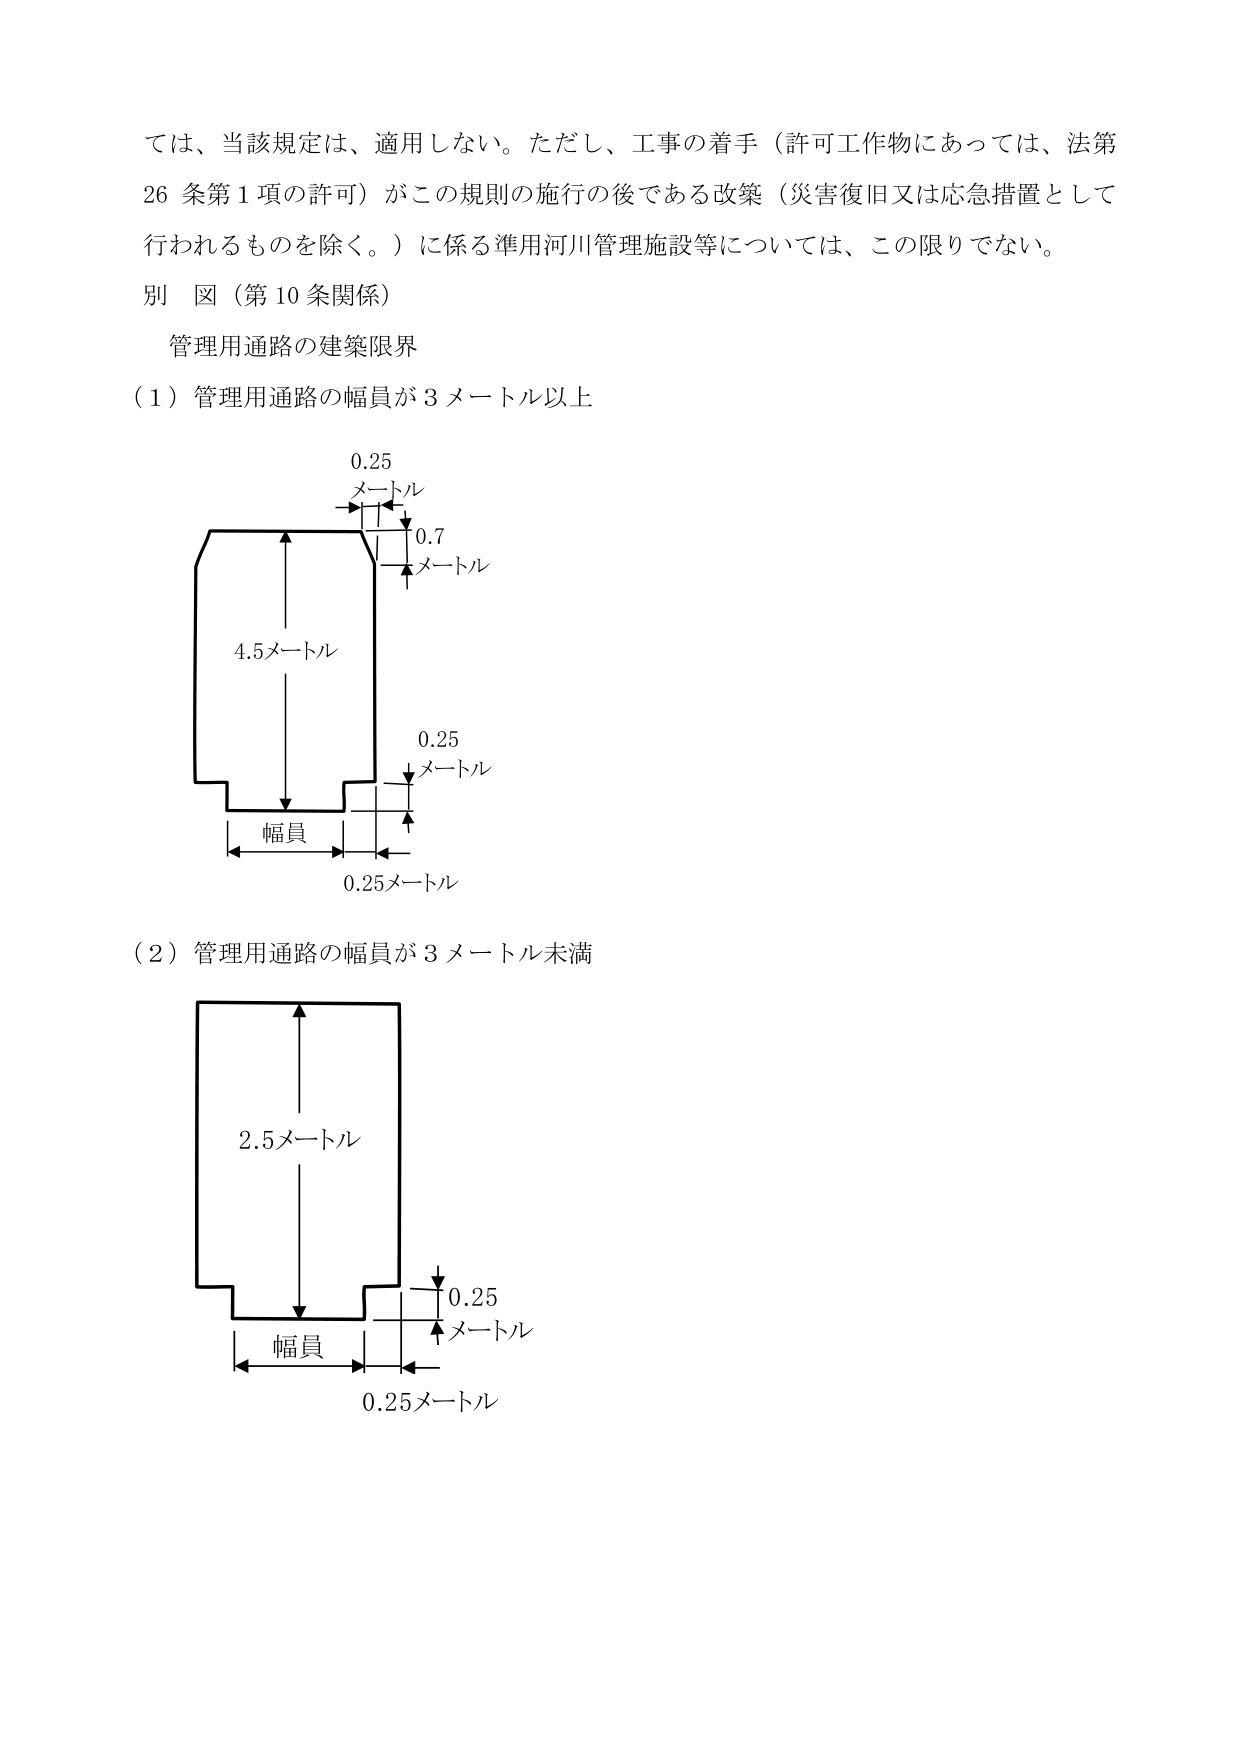
では、当該規定は、適用しない。ただし、工事の着手（許可工作物にあっては、法第26条第1項の許可）がこの規則の施行の後である改築（災害復旧又は応急措置として行われるものを除く。）に係る準用河川管理施設等については、この限りでない。

別図（第10条関係）

管理用通路の建築限界

（1）管理用通路の幅員が3メートル以上

0.25
メートル
0.7
メートル
4.5メートル
幅員
0.25メートル

（2）管理用通路の幅員が3メートル未満

2.5メートル
幅員
0.25
メートル
0.25メートル